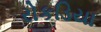
રોકડિયા